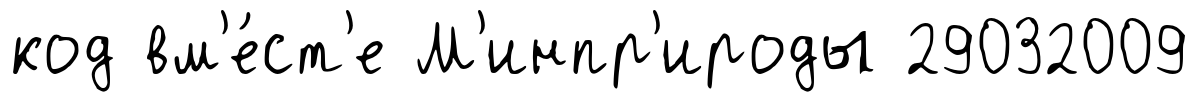
код вм'е́ст'е М'инпр'ироды 29032009